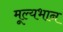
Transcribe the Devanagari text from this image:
मूल्यभान